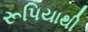
રૂપિયાથી